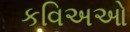
કવિઅઓ